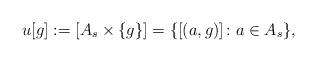
LaTeX: \begin{align*}u[g] := [A_s \times \{g\}] = \{ [(a,g)] \colon a \in A_s \},\end{align*}